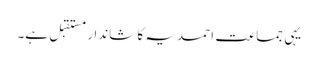
یہی جماعت ِ احمدیہ کا شاندار مستقبِل ہے۔